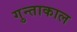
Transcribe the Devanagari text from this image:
गुन्ताकाल